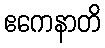
ဧကေနာတိ